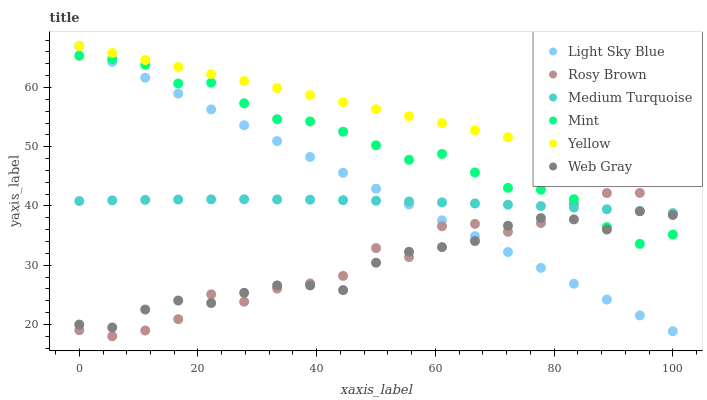
| xaxis_label | Light Sky Blue | Rosy Brown | Medium Turquoise | Mint | Yellow | Web Gray |
 | --- | --- | --- | --- | --- | --- | --- |
 | 0 | 67 | 19 | 40.8 | 65.4 | 67 | 20 |
 | 5.56 | 64.3 | 18 | 40.9 | 64.8 | 65.8 | 19.5 |
 | 11.1 | 61.6 | 19 | 41 | 63.8 | 64.6 | 22.5 |
 | 16.7 | 59 | 20.9 | 41.1 | 60.7 | 63.4 | 24 |
 | 22.2 | 56.3 | 25.1 | 41.1 | 60.8 | 62.3 | 23.6 |
 | 27.8 | 53.6 | 23.8 | 41.1 | 57.3 | 61.1 | 25.3 |
 | 33.3 | 50.9 | 26 | 41.1 | 54.6 | 59.9 | 26.6 |
 | 38.9 | 48.3 | 26.9 | 41.1 | 54.3 | 58.7 | 26.6 |
 | 44.4 | 45.6 | 28.2 | 41 | 52.5 | 57.5 | 25.8 |
 | 50 | 42.9 | 32.9 | 40.9 | 50.2 | 56.3 | 30.4 |
 | 55.6 | 40.2 | 31.4 | 40.8 | 47.8 | 55.2 | 32.3 |
 | 61.1 | 37.6 | 36.6 | 40.6 | 48.8 | 54 | 33 |
 | 66.7 | 34.9 | 37 | 40.4 | 45.6 | 52.8 | 34.1 |
 | 72.2 | 32.2 | 35.6 | 40.2 | 43.1 | 51.6 | 36.7 |
 | 77.8 | 29.5 | 37.1 | 40 | 42.7 | 50.4 | 37.9 |
 | 83.3 | 26.9 | 40.3 | 39.7 | 41.1 | 49.2 | 37.7 |
 | 88.9 | 24.2 | 42.2 | 39.4 | 36.4 | 48.1 | 36 |
 | 94.4 | 21.5 | 42.2 | 39.1 | 33.6 | 46.9 | 39.1 |
 | 100 | 18.8 | 46.6 | 38.8 | 35.2 | 45.7 | 38.5 |